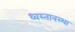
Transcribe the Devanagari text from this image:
ध्वस्तावस्था